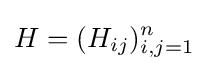
H=(H_{ij})_{i,j=1}^{n}